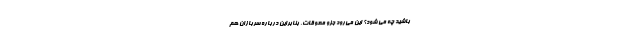
باشید چه می شود؟ این می‌رود جزو معوقات، بنابراین درباره سربازان هم